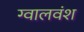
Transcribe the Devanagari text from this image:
ग्वालवंश